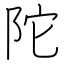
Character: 陀